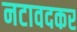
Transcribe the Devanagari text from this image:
नटावदकर